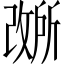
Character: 𫿐